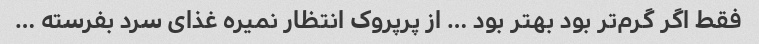
فقط اگر گرم‌تر بود بهتر بود … از پرپروک انتظار نمیره غذای سرد بفرسته …